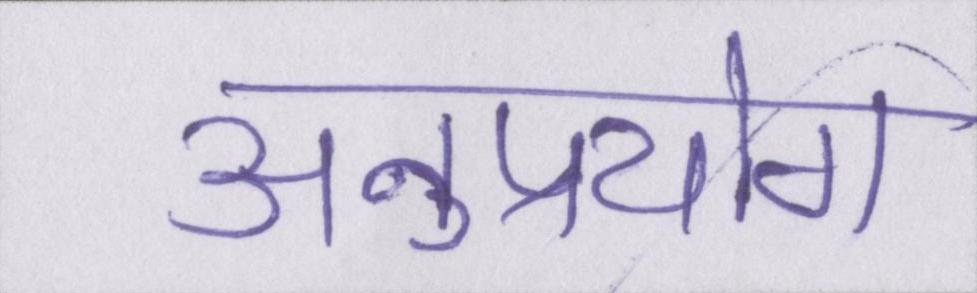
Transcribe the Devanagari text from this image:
अनुप्रयोग